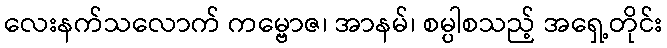
လေးနက်သလောက် ကမ္ဗောဇ၊ အာနမ်၊ စမ္ပါစသည့် အရှေ့တိုင်း